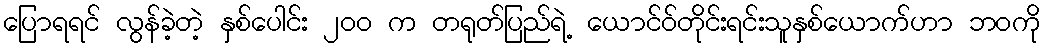
ပြောရရင် လွန်ခဲ့တဲ့ နှစ်ပေါင်း ၂၀၀ က တရုတ်ပြည်ရဲ့ ယောင်ဝ်တိုင်းရင်းသူနှစ်ယောက်ဟာ ဘဝကို